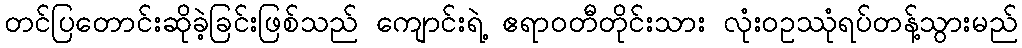
တင်ပြတောင်းဆိုခဲ့ခြင်းဖြစ်သည် ကျောင်းရဲ့ ဧရာဝတီတိုင်းသား လုံးဝဥဿုံရပ်တန့်သွားမည်